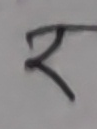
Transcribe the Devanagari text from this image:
र